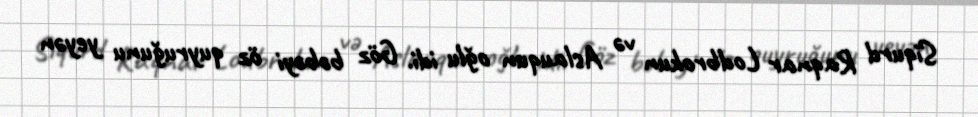
Siqurd Raqnar Lodbrokun və Aslauqun oğlu idi. Göz bəbəyi öz quyruğunu yeyən